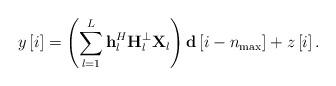
LaTeX: \begin{align*} y\left[ i \right] = \left( {\sum\limits_{l = 1}^L {{\bf{h}}_l^H{\bf{H}}_l^ \bot {\bf{X}}_l} } \right){\bf{d}}\left[ {i - {n_{\max }}} \right] + z\left[ i \right]. \end{align*}